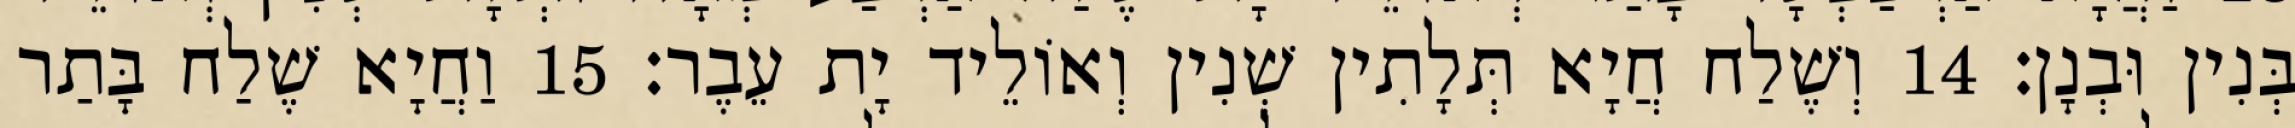
בְּנִין וּבְנָן׃ 14 וְשֶׁלַח חֲיָא תְּלָתִין שְׁנִין וְאוֹלֵיד יָת עֵבֶר׃ 15 וַחֲיָא שֶׁלַח בָּתַר